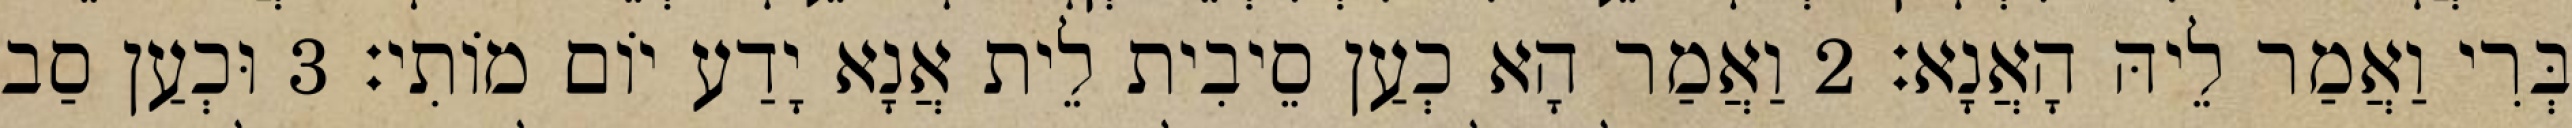
בְּרִי וַאֲמַר לֵיהּ הָאֲנָא׃ 2 וַאֲמַר הָא כְעַן סֵיבִית לֵית אֲנָא יָדַע יוֹם מוֹתִי׃ 3 וּכְעַן סַב